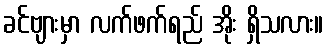
ခင်ဗျားမှာ လက်ဖက်ရည် အိုး ရှိသလား။